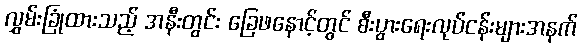
လွှမ်းခြုံထားသည့် အနီးတွင်း ခြေဖနောင့်တွင် စီးပွားရေးလုပ်ငန်းများအနက်